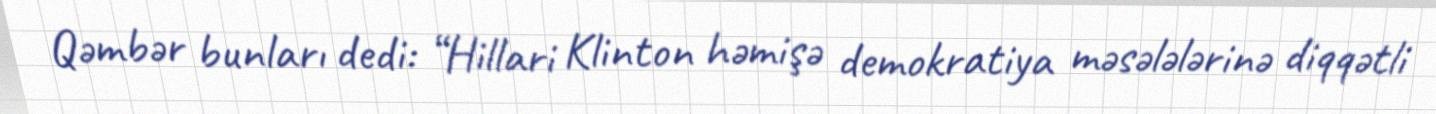
Qəmbər bunları dedi: “Hillari Klinton həmişə demokratiya məsələlərinə diqqətli